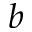
b